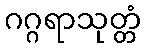
ဂဂ္ဂရာသုတ္တံ